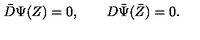
\bar { D } \Psi ( Z ) = 0 , \qquad D \bar { \Psi } ( \bar { Z } ) = 0 .